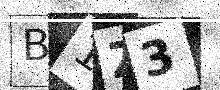
Text: B1Z3